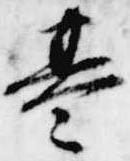
基